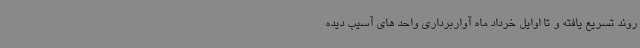
روند تسریع یافته و تا اوایل خرداد ماه آواربرداری واحد های آسیب دیده